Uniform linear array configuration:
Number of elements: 16
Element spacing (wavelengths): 0.25
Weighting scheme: cosine
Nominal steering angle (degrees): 45
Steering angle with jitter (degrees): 43.942
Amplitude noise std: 0.05
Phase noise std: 0.05

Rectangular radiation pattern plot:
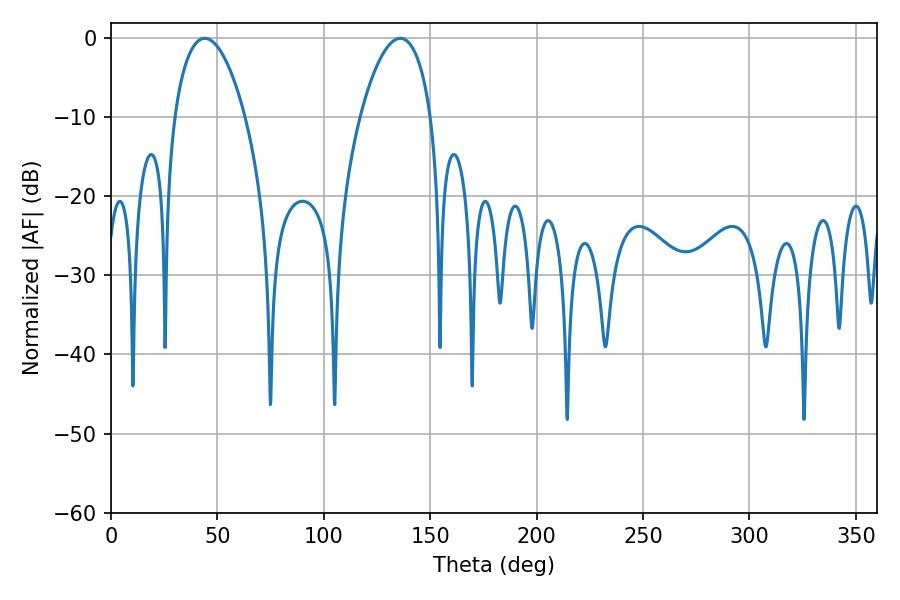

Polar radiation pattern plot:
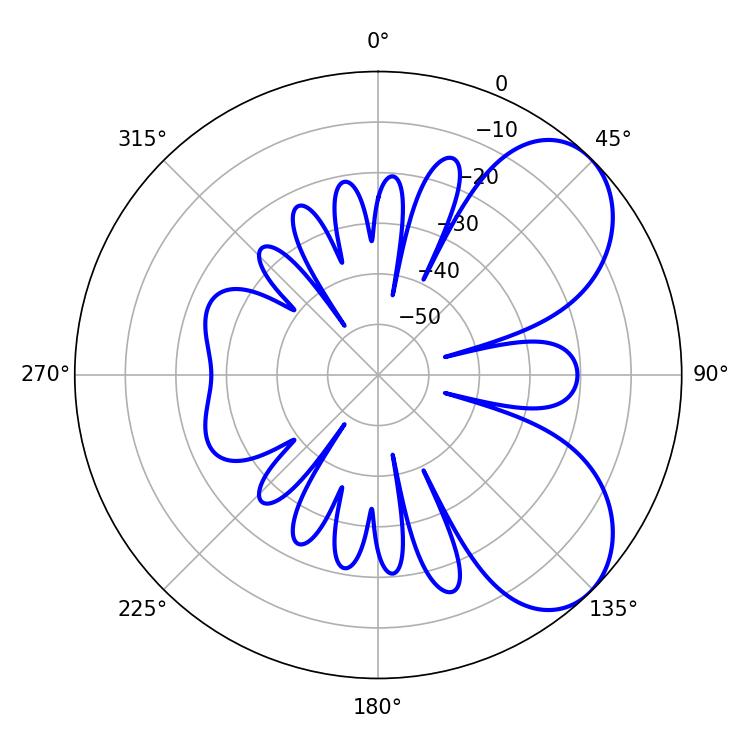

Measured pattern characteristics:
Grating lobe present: FALSE
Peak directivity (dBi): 6.146
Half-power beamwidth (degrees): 18.72
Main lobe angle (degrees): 44.1